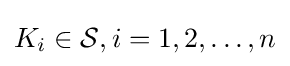
K_{i}\in {\mathcal {S}},i=1,2,\ldots ,n